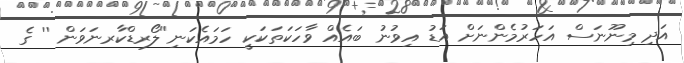
އަދި މިނޫނަސް އަހަރުމެންނަށް އަޑު އިވުނު ބައެއް ވާހަކަތަކަކީ ހަމައެކަނި''ލޯރޑްކާރނަވަން '' ގެ